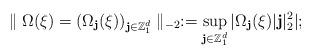
LaTeX: \begin{align*}\parallel \Omega(\xi)=(\Omega_{\textbf{j}}(\xi))_{{\textbf{j}}\in\mathbb{Z}^d_1}\parallel_{-2}:=\sup_{\textbf{j}\in\mathbb{Z}^d_1}|\Omega_{\textbf{j}}(\xi)|\textbf{j}|_2^2|;\end{align*}